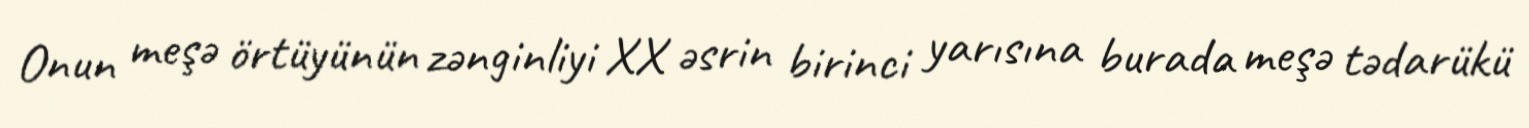
Onun meşə örtüyünün zənginliyi XX əsrin birinci yarısına burada meşə tədarükü